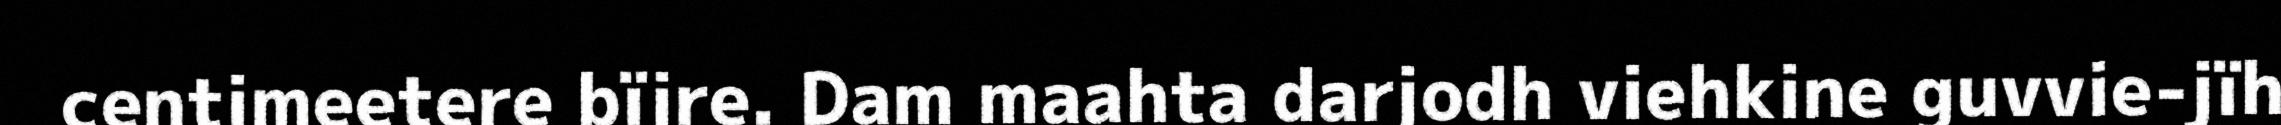
centimeetere bïjre. Dam maahta darjodh viehkine guvvie-jïh